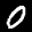
Label: 0